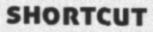
SHORTCUT